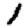
Digit: 1